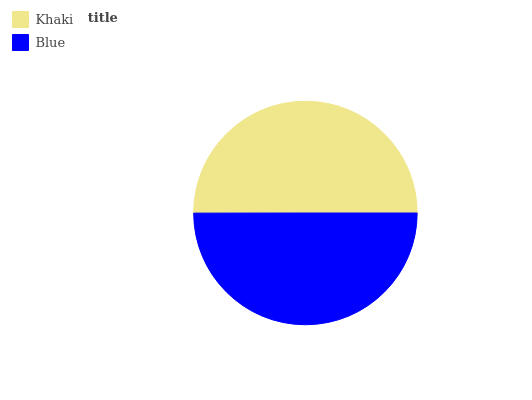
| Khaki | Blue |
 | --- | --- |
 | 50% | 50% |